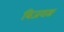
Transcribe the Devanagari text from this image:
बिजराङ